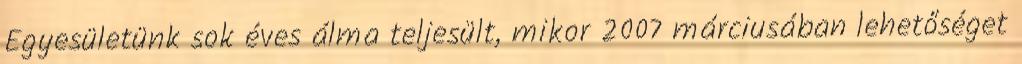
Egyesületünk sok éves álma teljesült, mikor 2007 márciusában lehetőséget